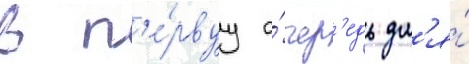
в п'е́рвуу о́чер'едь дл'я́